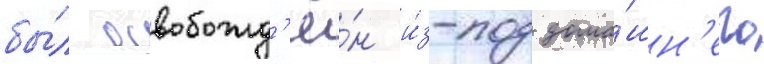
бы́л освобожд'ё́н и́з-под дома́шн'его